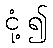
ငုံ့၍